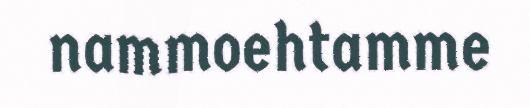
nammoehtamme